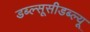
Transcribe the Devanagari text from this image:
डब्ल्सूसीडब्ल्यू